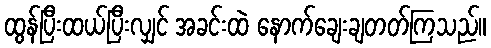
ထွန်ပြီးထယ်ပြီးလျှင် အခင်းထဲ နောက်ချေးချတတ်ကြသည်။